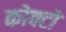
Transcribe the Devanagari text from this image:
कोक्टो